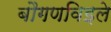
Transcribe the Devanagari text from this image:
बौगणविइले